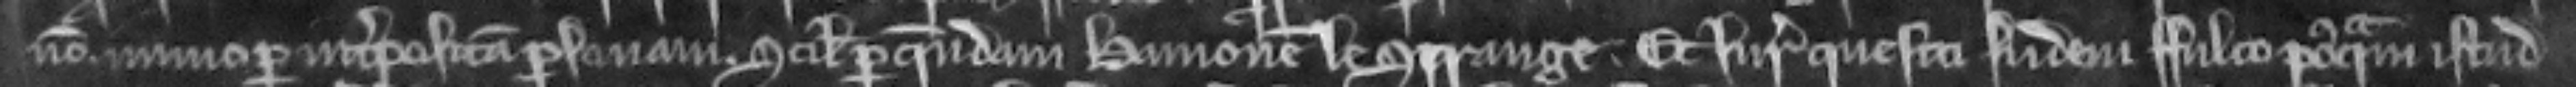
non immo per interpositam personam. scilicet per quendam Hamonem le Strange. Et juratores quesiti si idem Fulco postquam istud